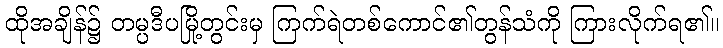
ထိုအချိန်၌ တမ္ပဒီပမြို့တွင်းမှ ကြက်ရဲတစ်ကောင်၏တွန်သံကို ကြားလိုက်ရ၏။